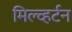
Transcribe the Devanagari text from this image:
मिल्व्हर्टन